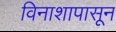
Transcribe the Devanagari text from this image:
विनाशापासून